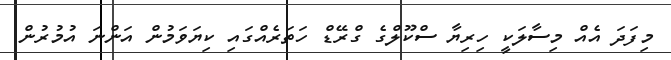
މިފަދަ އެއް މިސާލަކީ ހިރިޔާ ސްކޫލްގެ ގްރޭޑް ހަތަރެއްގައި ކިޔަވަމުން އަންނަ އުމުރުން